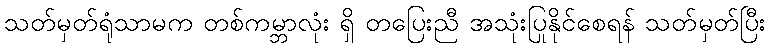
သတ်မှတ်ရုံသာမက တစ်ကမ္ဘာလုံး ရှိ တပြေးညီ အသုံးပြုနိုင်စေရန် သတ်မှတ်ပြီး